65_HS1-834228961_62-HQ-83894_Section_8
Agency: FBI
Page 144
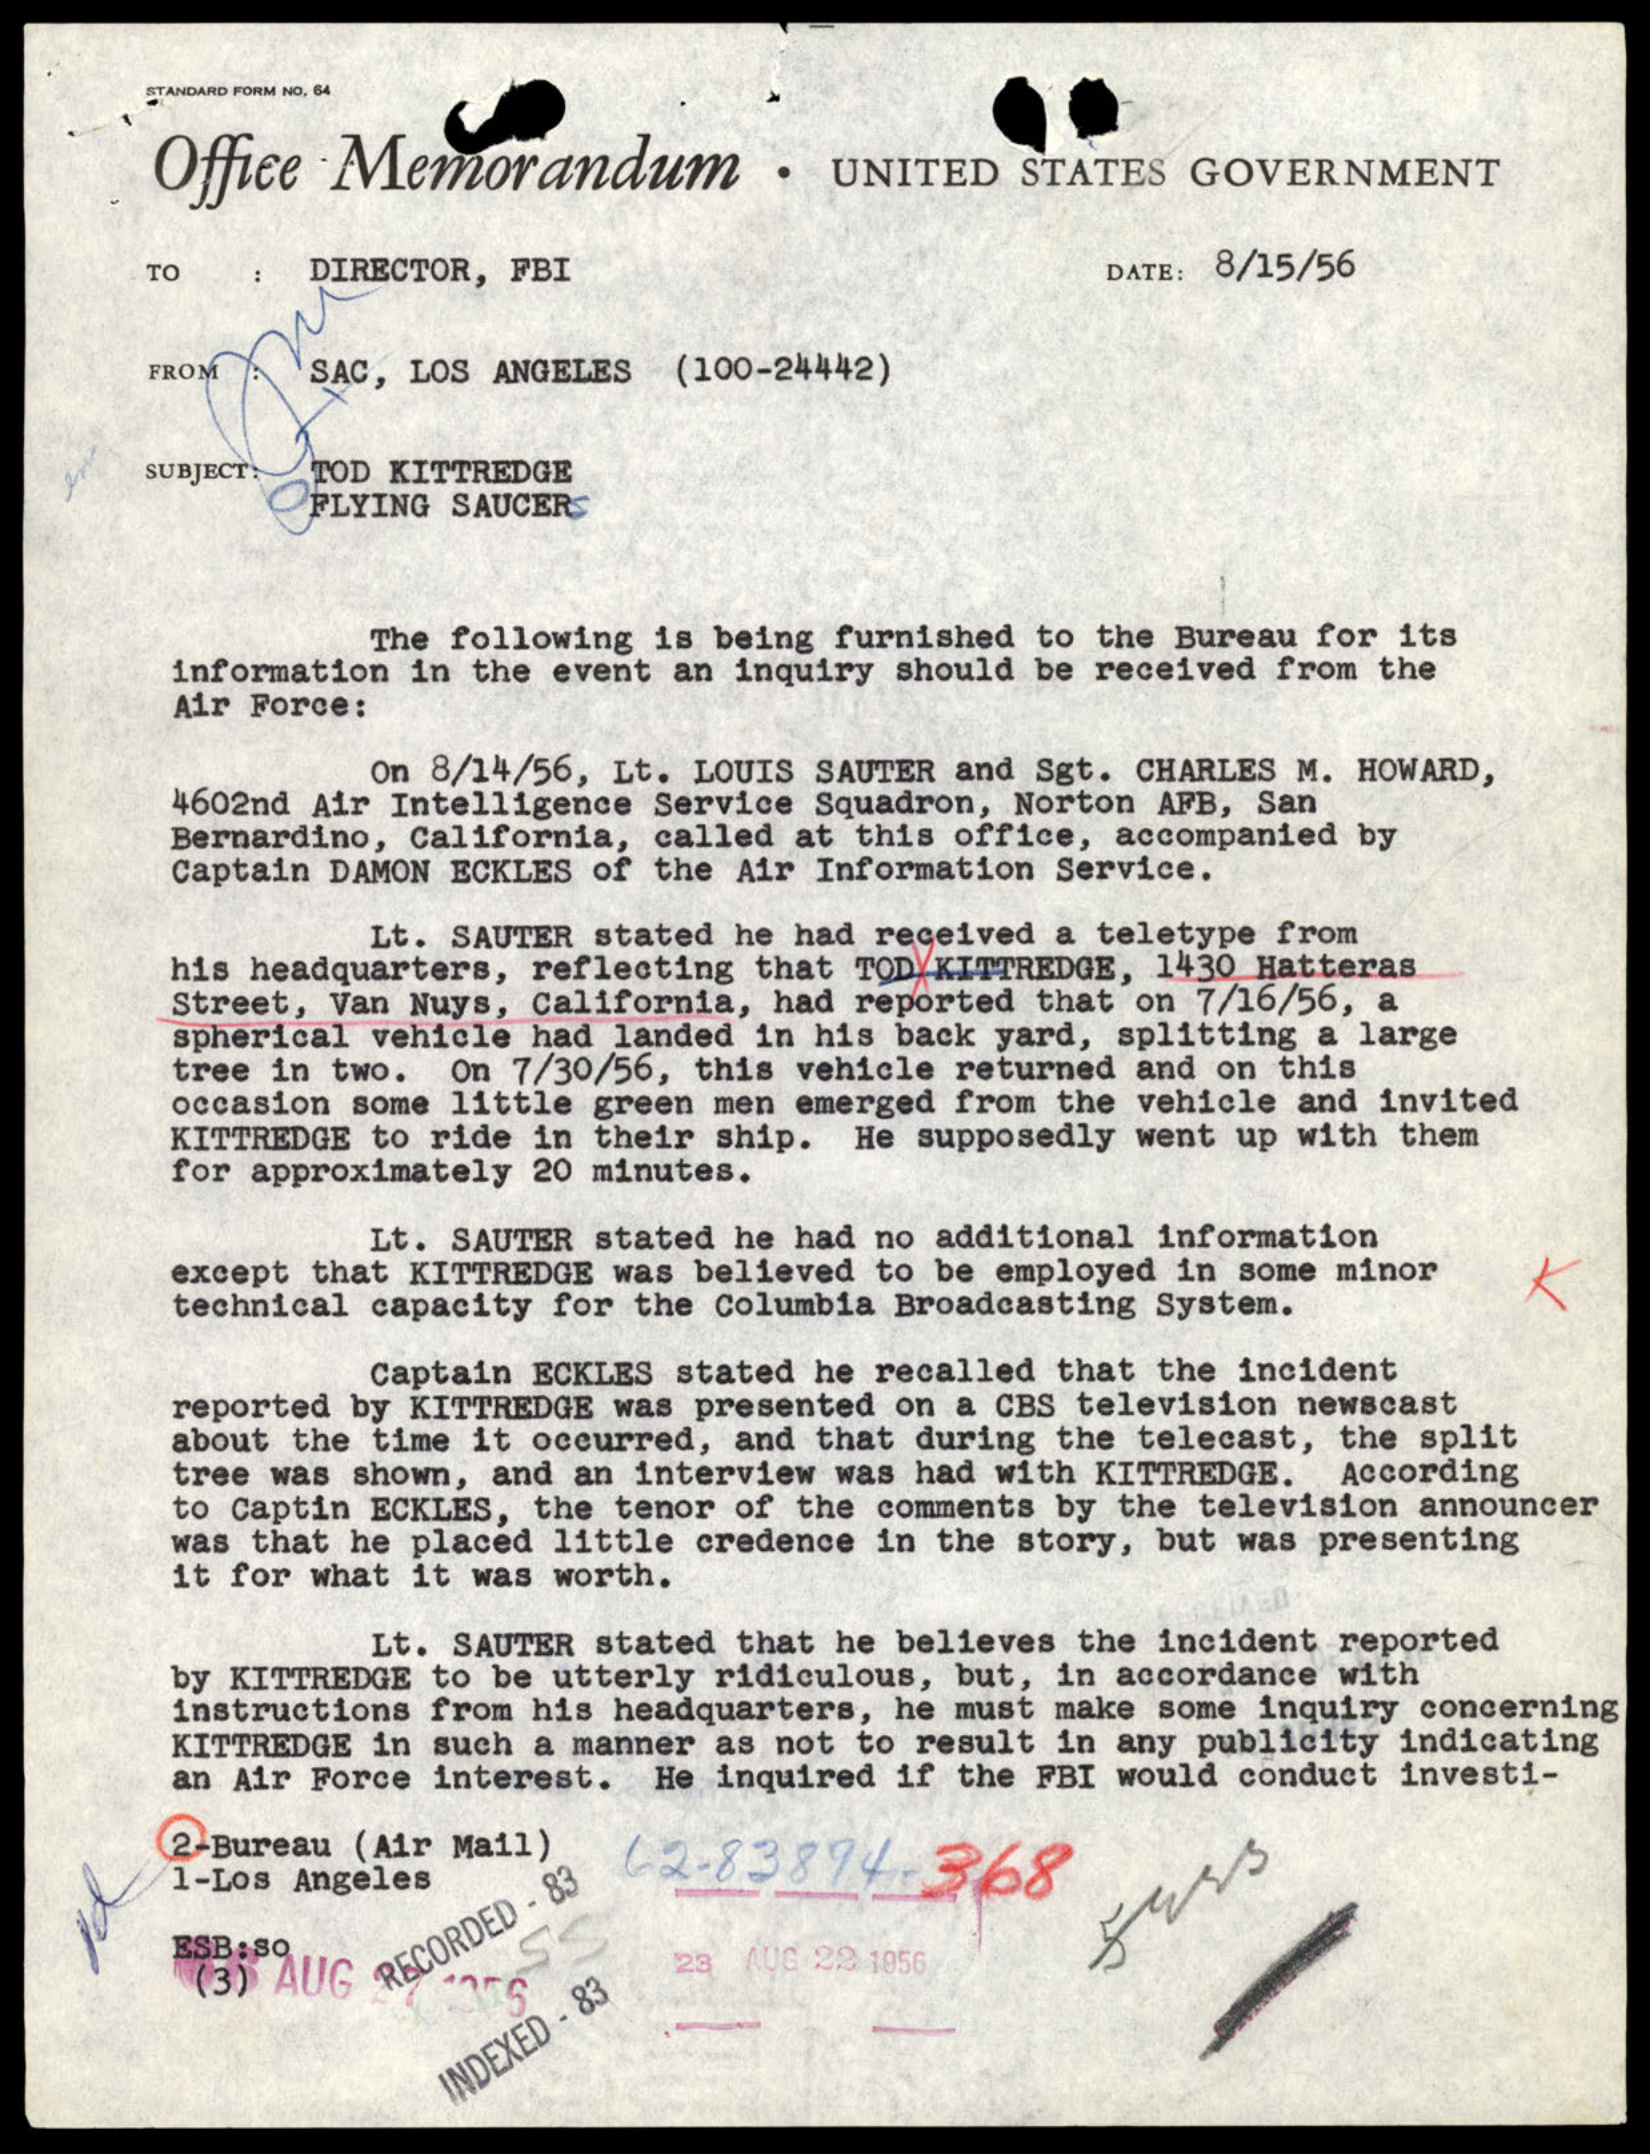